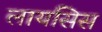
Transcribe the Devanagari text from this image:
लायसिस